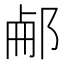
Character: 𨛖